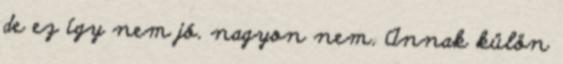
de ez így nem jó. nagyon nem. Annak külön